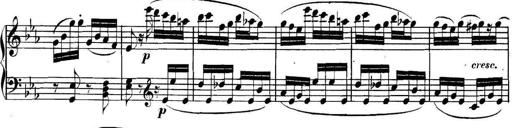
Title: Collected Piano Sonatas
Composer: Muzio Clementi